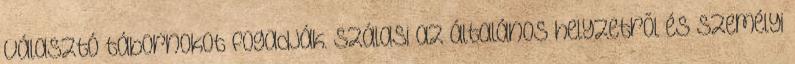
választó tábornokot fogadják. Szálasi az általános helyzetrõl és személyi